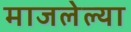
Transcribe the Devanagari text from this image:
माजलेल्या